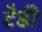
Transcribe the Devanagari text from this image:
टैडी